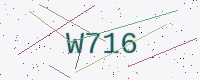
Text: W716